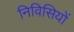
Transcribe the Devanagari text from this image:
निविसियों